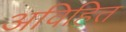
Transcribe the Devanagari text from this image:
अविहित